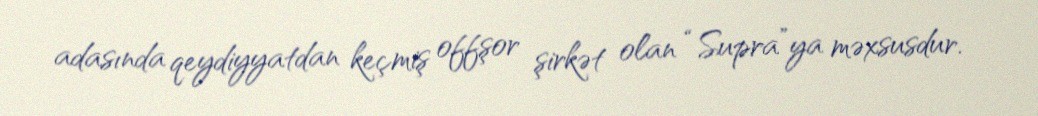
adasında qeydiyyatdan keçmiş offşor şirkət olan “Supra”ya məxsusdur.